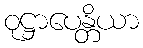
ဝုဋ္ဌာပေန္တိယာ